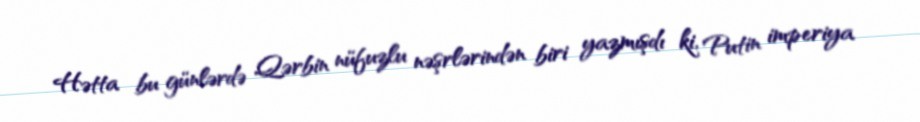
Hətta bu günlərdə Qərbin nüfuzlu nəşrlərindən biri yazmışdı ki, Putin imperiya